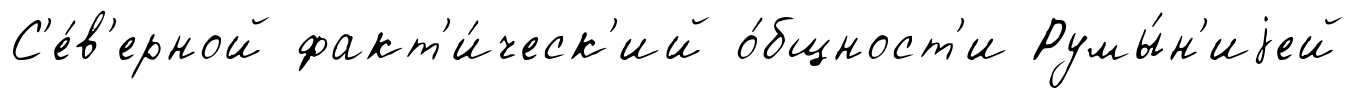
С'е́в'ерной факт'и́ческ'ий о́бщност'и Румы́н'иjей